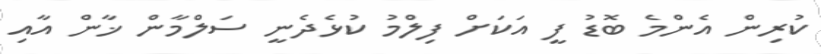
ކުރިން އެންމެ ބޮޑު ފީ އަކަށް ފިލްމު ކުޅެދެނީ ސަލްމާން ޚާން އާއި